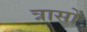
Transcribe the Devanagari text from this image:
त्रासों